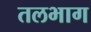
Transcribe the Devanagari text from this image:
तलभाग